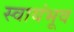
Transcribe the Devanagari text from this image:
स्वायंभूव